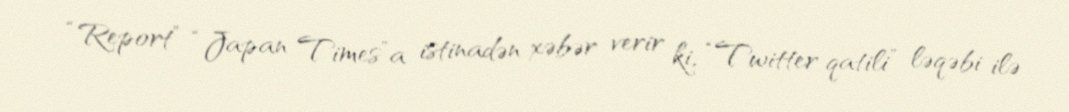
“Report” “Japan Times”a istinadən xəbər verir ki, “Twitter qatili” ləqəbi ilə